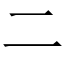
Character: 二